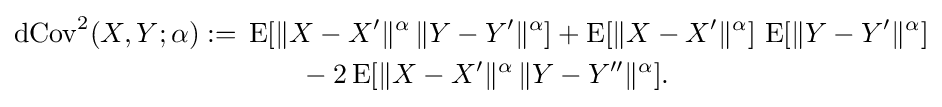
{\begin{aligned}\operatorname {dCov} ^{2}(X,Y;\alpha ):={}&\operatorname {E} [\|X-X'\|^{\alpha }\,\|Y-Y'\|^{\alpha }]+\operatorname {E} [\|X-X'\|^{\alpha }]\,\operatorname {E} [\|Y-Y'\|^{\alpha }]\\&\qquad {}-2\operatorname {E} [\|X-X'\|^{\alpha }\,\|Y-Y''\|^{\alpha }].\end{aligned}}